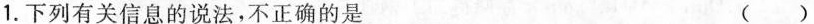
1. 下列有关信息的说法，不正确的是 ()